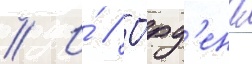
// И́ // О́рд'ена